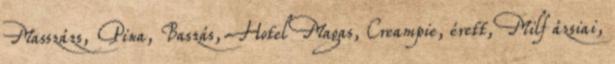
Masszázs, Pina, Baszás, Hotel Magas, Creampie, érett, Milf ázsiai,